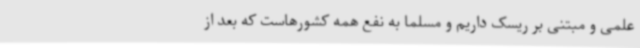
علمی و مبتنی بر ریسک داریم و مسلماً به نفع همه کشورهاست که بعد از